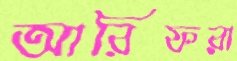
আরিফরা